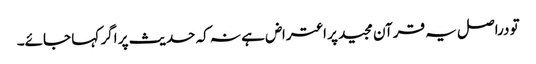
تو دراصل یہ قرآن مجید پر اعتراض ہے نہ کہ حدیث پر اگر کہا جائے۔